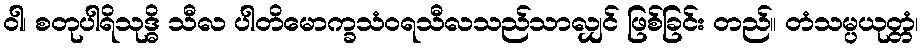
ဝါ၊ စတုပါရိသုဒ္ဓိ သီလ ပါတိမောက္ခသံဝရသီလသည်သာလျှင် ဖြစ်ခြင်း တည်။ တံသမ္ပယုတ္တံ၊